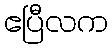
ဧပြီလက